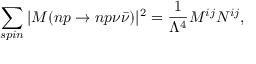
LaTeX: \sum _ { \scriptstyle s p i n } | { \cal M } ( n p \rightarrow n p \nu \bar { \nu } ) | ^ { 2 } = \frac { 1 } { \Lambda ^ { 4 } } M ^ { i j } N ^ { i j } ,